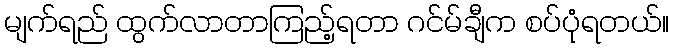
မျက်ရည် ထွက်လာတာကြည့်ရတာ ဂင်မ်ချီက စပ်ပုံရတယ်။